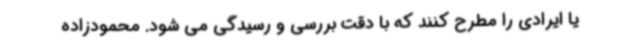
یا ایرادی را مطرح کنند که با دقت بررسی و رسیدگی می شود. محمودزاده